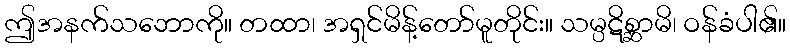
ဤအနက်သဘောကို။ တထာ၊ အရှင်မိန့်တော်မူတိုင်း။ သမ္ပဋိစ္ဆာမိ၊ ဝန်ခံပါ၏။